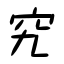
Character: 究